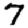
Digit: 7